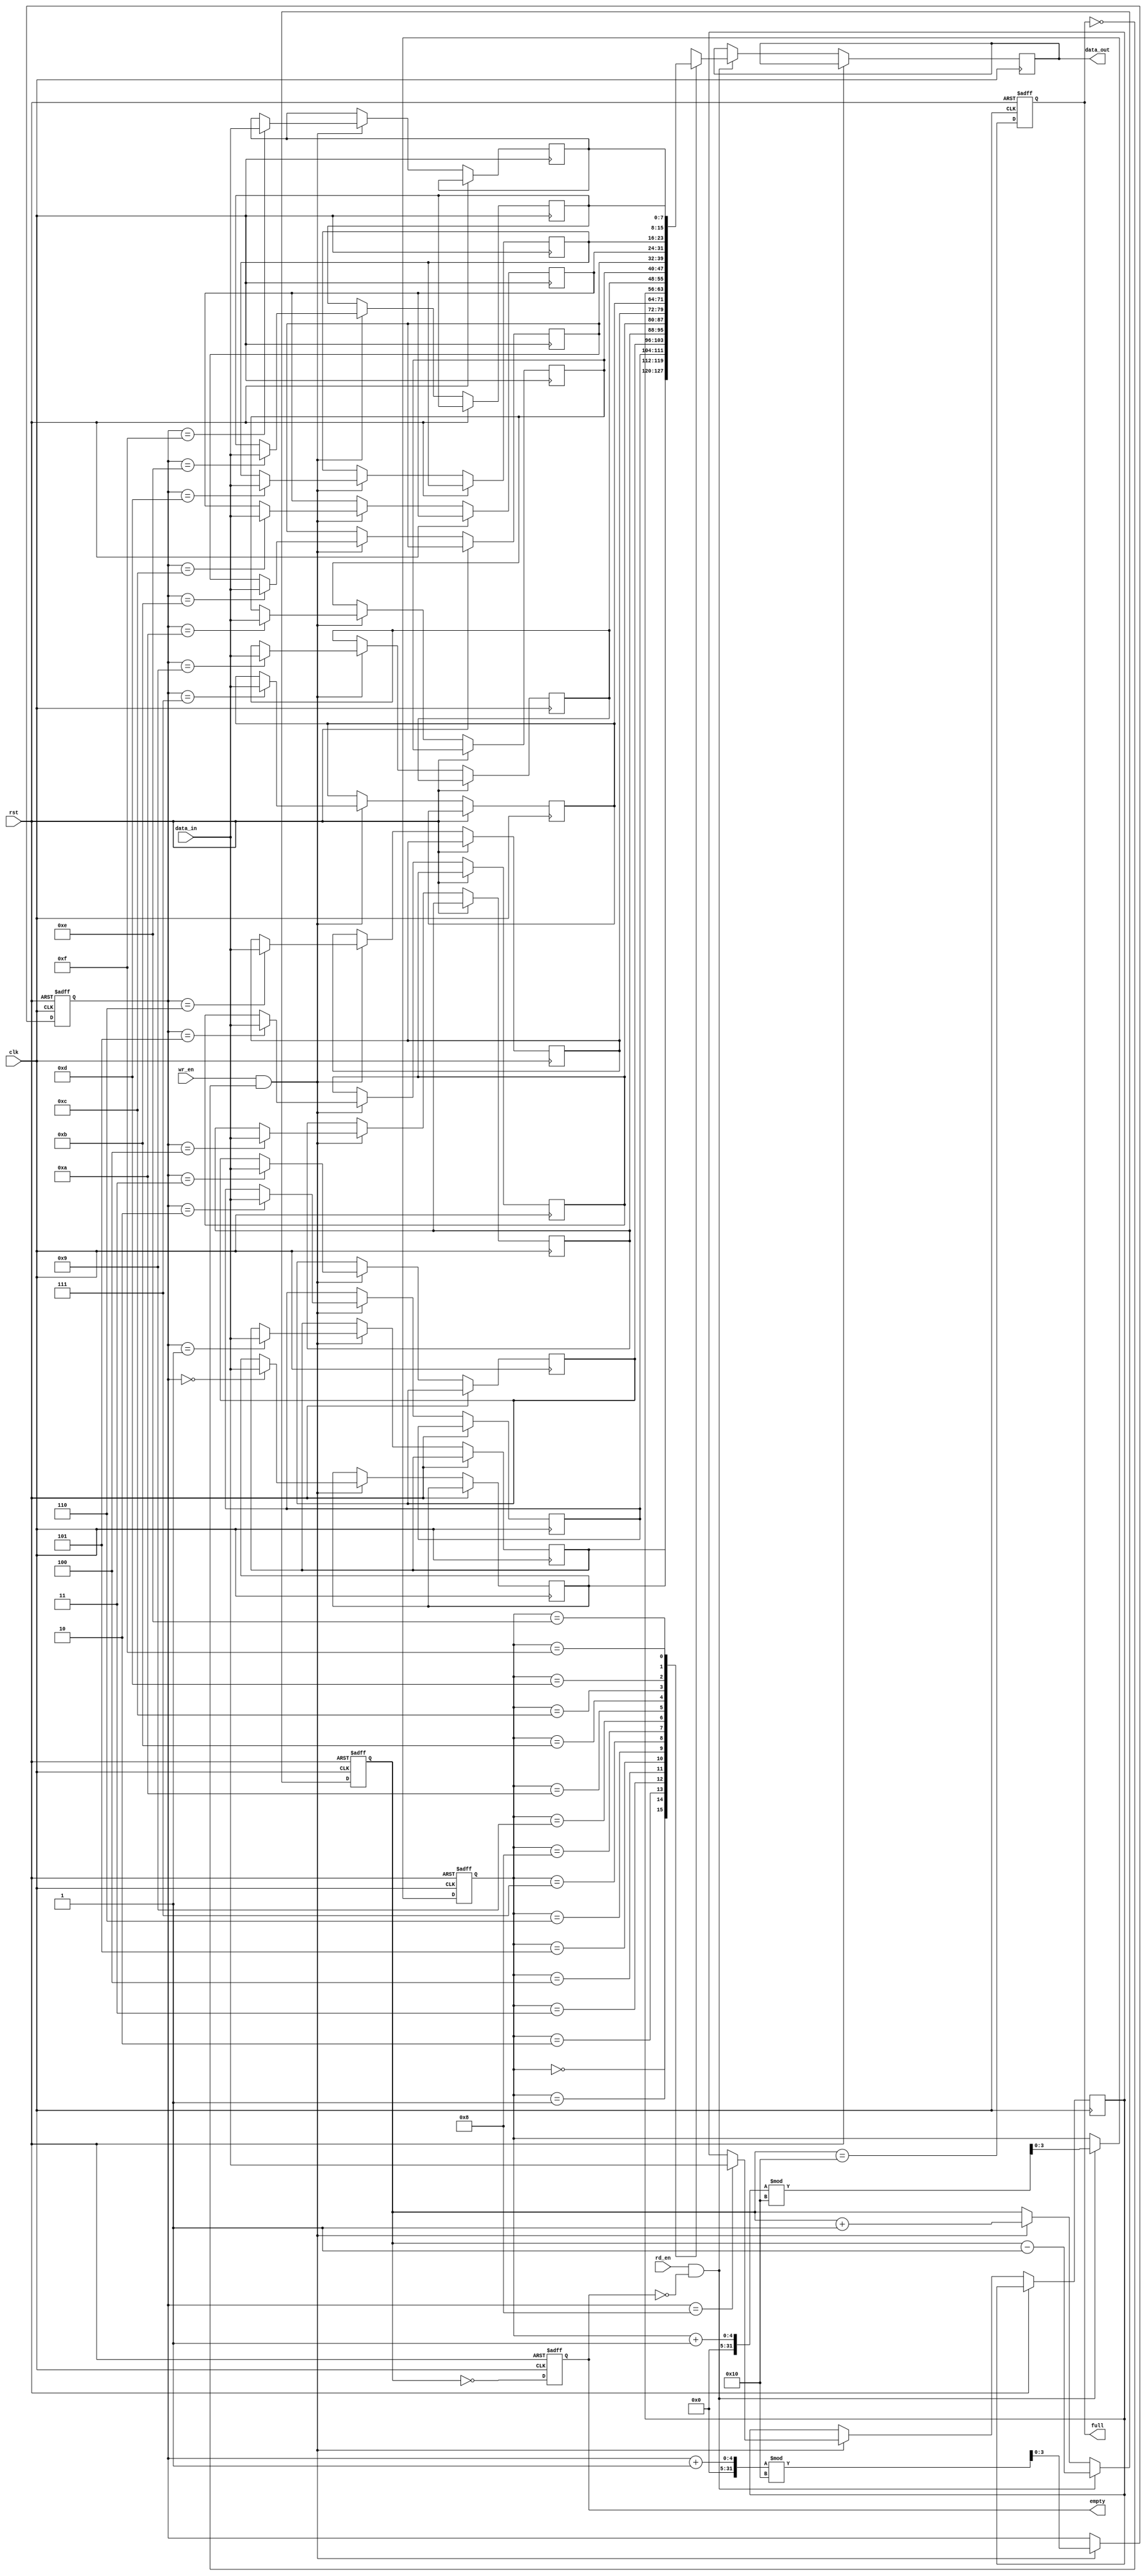
module fifo_sram #(
    parameter DEPTH = 16,  // Number of entries in the FIFO
    parameter WIDTH = 8    // Width of each entry in bits
)(
    input wire clk,        // Clock signal
    input wire rst,        // Asynchronous reset
    input wire wr_en,      // Write enable
    input wire rd_en,      // Read enable
    input wire [WIDTH-1:0] data_in, // Data input
    output reg [WIDTH-1:0] data_out, // Data output
    output reg full,       // FIFO full flag
    output reg empty       // FIFO empty flag
);

    // Internal memory array
    reg [WIDTH-1:0] mem [0:DEPTH-1];
    reg [clog2(DEPTH)-1:0] wr_ptr; // Write pointer
    reg [clog2(DEPTH)-1:0] rd_ptr; // Read pointer
    reg [clog2(DEPTH):0] count;     // Number of entries in the FIFO

    // Function to calculate log2
    function integer clog2;
        input integer value;
        begin
            value = value - 1;
            for (clog2 = 0; value > 0; clog2 = clog2 + 1)
                value = value >> 1;
        end
    endfunction

    // Asynchronous reset
    always @(posedge clk or posedge rst) begin
        if (rst) begin
            wr_ptr <= 0;
            rd_ptr <= 0;
            count <= 0;
            full <= 0;
            empty <= 1;
        end else begin
            // Write operation
            if (wr_en && !full) begin
                mem[wr_ptr] <= data_in;
                wr_ptr <= (wr_ptr + 1) % DEPTH;
                count <= count + 1;
            end

            // Read operation
            if (rd_en && !empty) begin
                data_out <= mem[rd_ptr];
                rd_ptr <= (rd_ptr + 1) % DEPTH;
                count <= count - 1;
            end

            // Update full and empty flags
            full <= (count == DEPTH);
            empty <= (count == 0);
        end
    end

endmodule